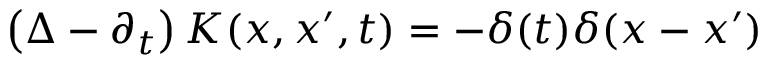
\left( \Delta - \partial _ { t } \right) K ( x , x ^ { \prime } , t ) = - \delta ( t ) \delta ( x - x ^ { \prime } )